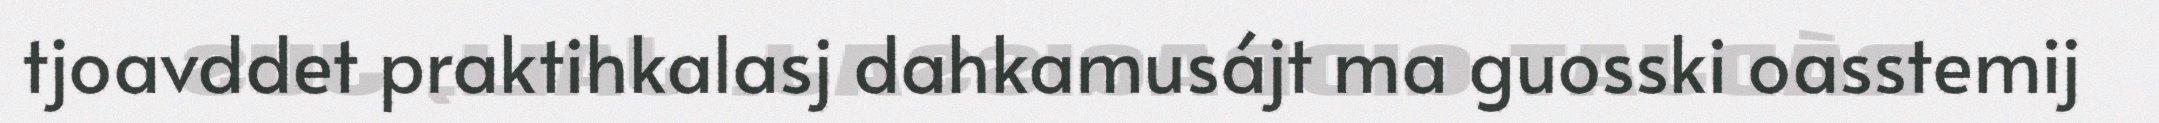
tjoavddet praktihkalasj dahkamusájt ma guosski oasstemij